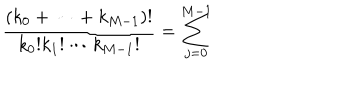
LaTeX: \frac { ( k _ { 0 } + \cdots + k _ { M - 1 } ) ! } { k _ { 0 } ! k _ { 1 } ! \cdots k _ { M - 1 } ! } = \sum _ { j = 0 } ^ { M - 1 }